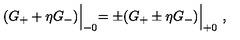
( G _ { + } + \eta G _ { - } ) \Bigl \vert _ { - 0 } = \pm ( G _ { + } \pm \eta G _ { - } ) \Bigl \vert _ { + 0 } \ ,